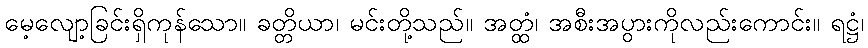
မေ့လျော့ခြင်းရှိကုန်သော။ ခတ္တိယာ၊ မင်းတို့သည်။ အတ္ထံ၊ အစီးအပွားကိုလည်းကောင်း။ ရဋ္ဌံ၊